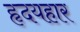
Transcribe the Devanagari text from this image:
हृदयहार